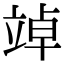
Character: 竨